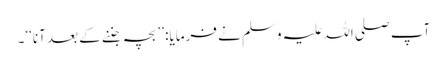
آپ صلی اللہ علیہ وسلم نے فرمایا: ’’بچہ جننے کے بعد آنا‘‘۔